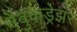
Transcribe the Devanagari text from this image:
नेबुकड्रेझर